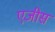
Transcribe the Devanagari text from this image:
एजीस